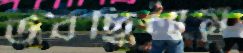
উবছিলাম